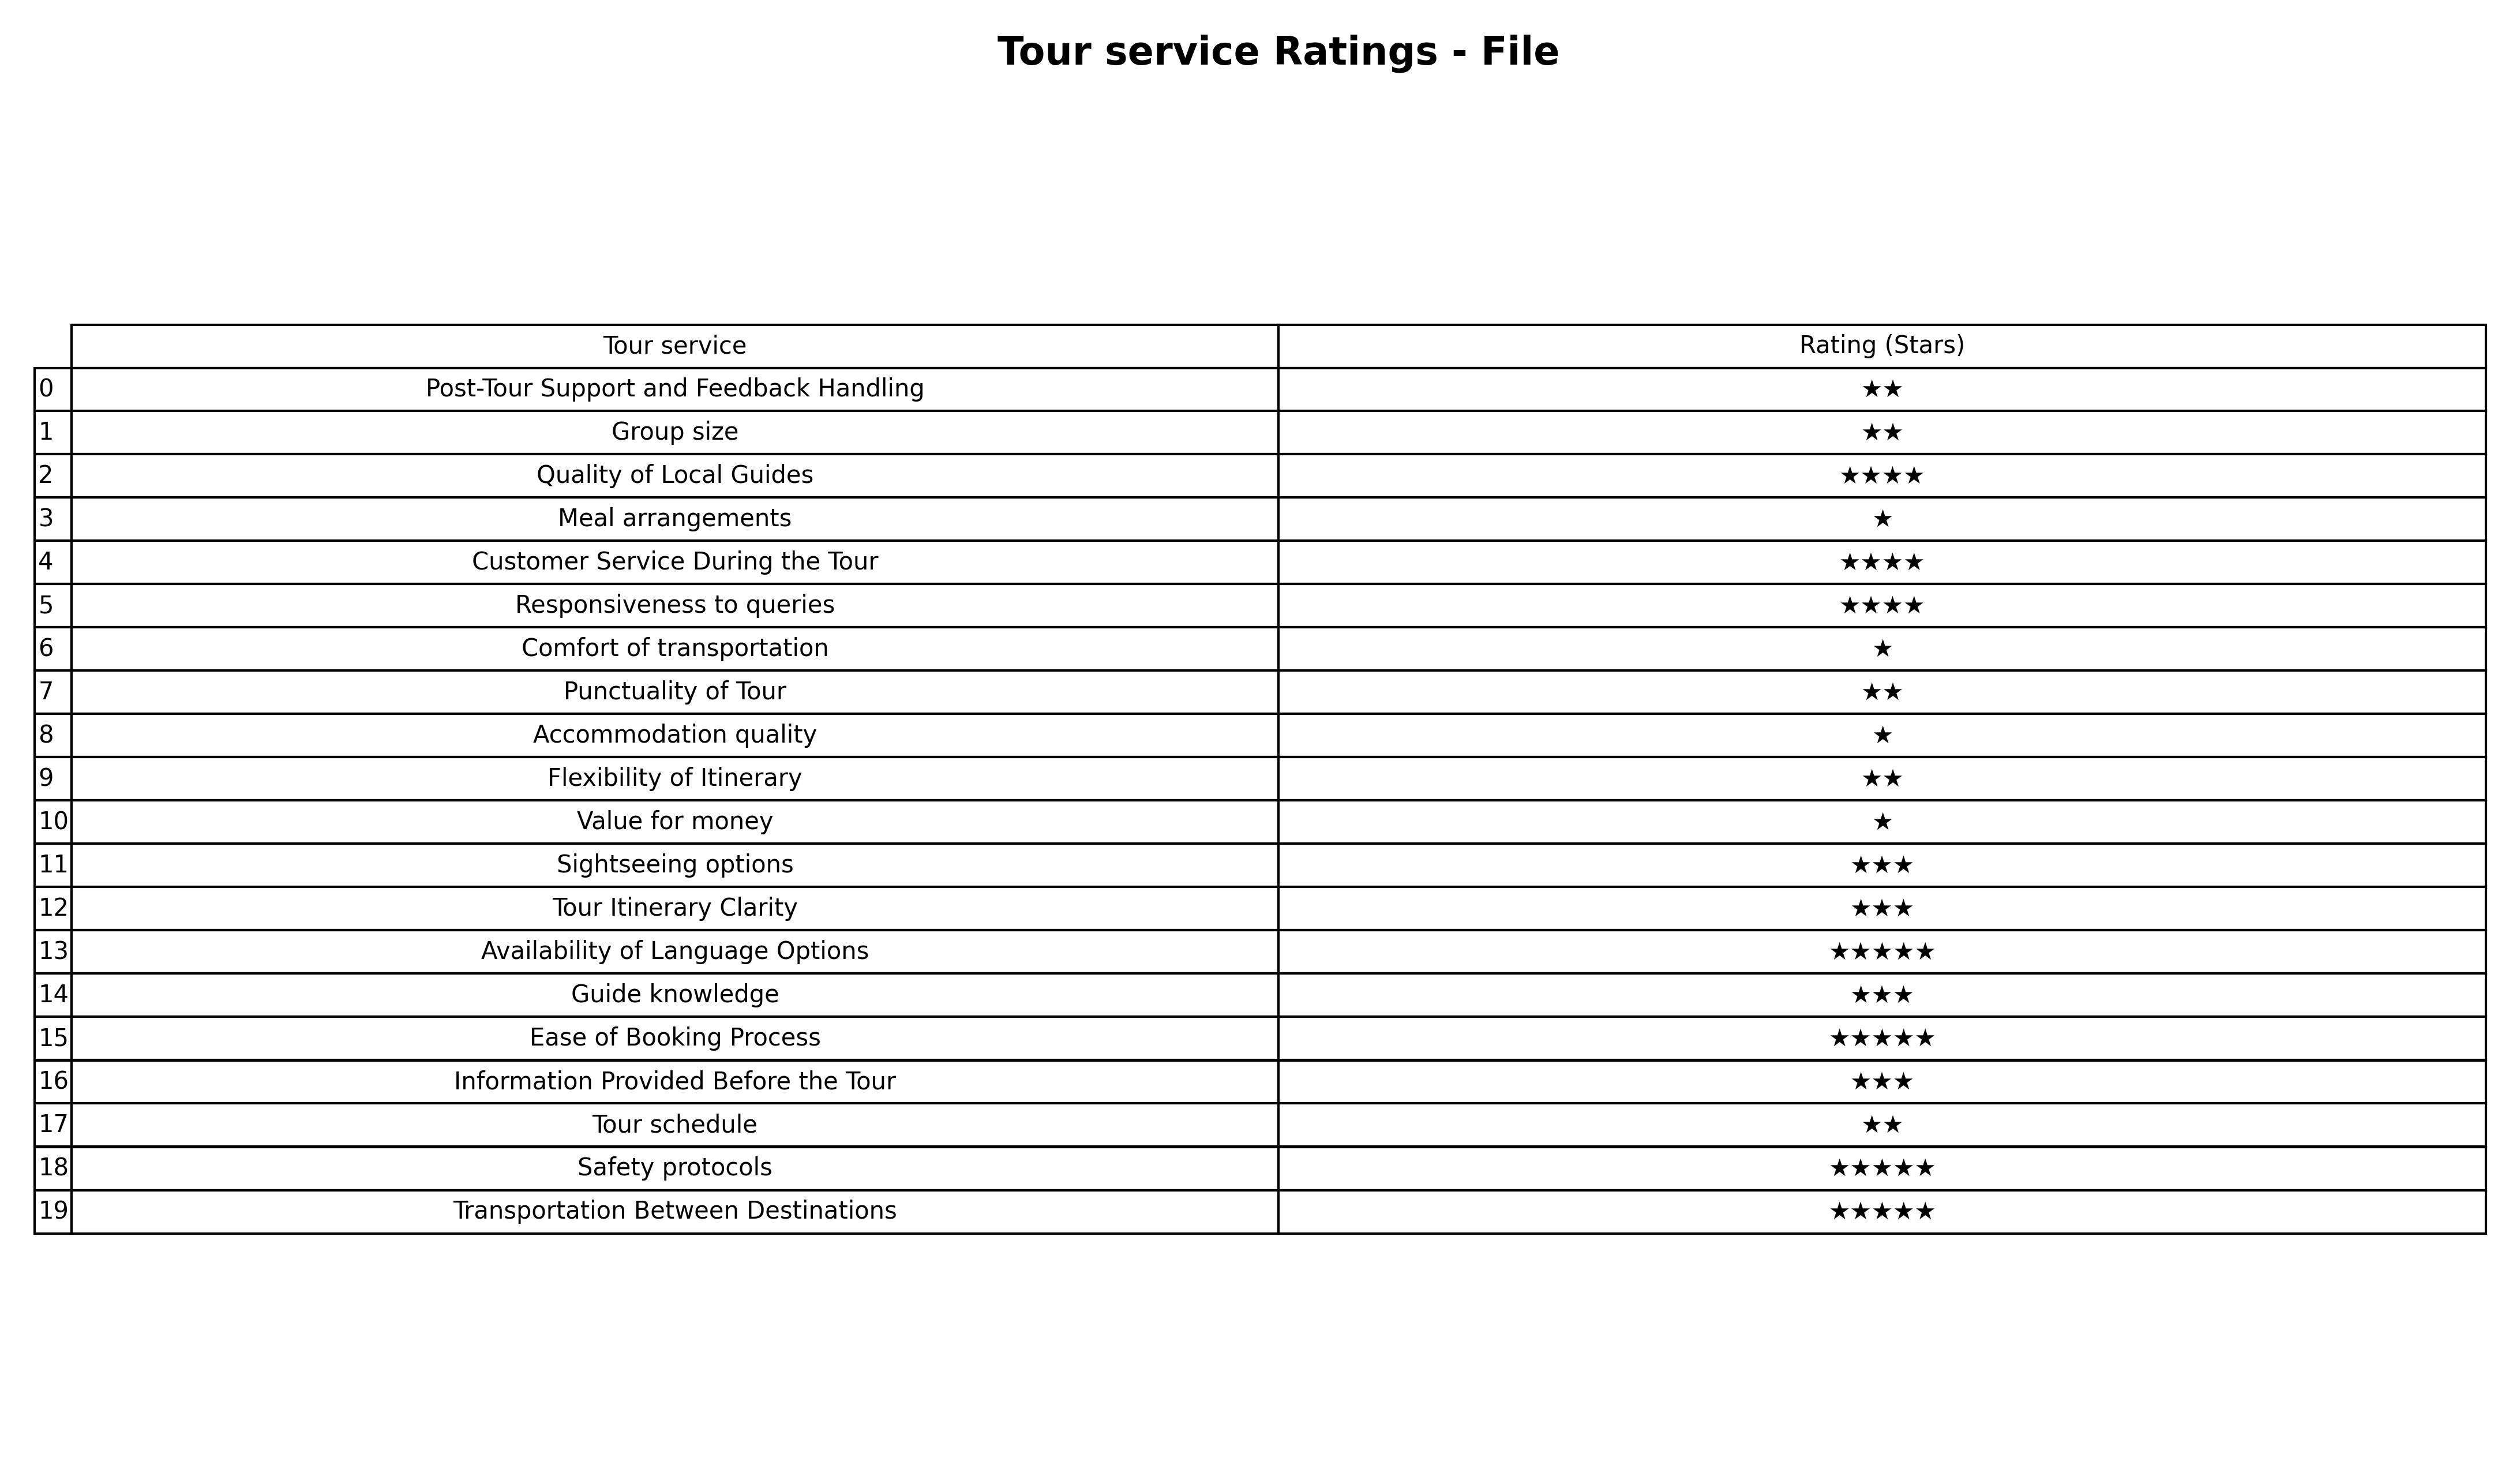
question: What is the rating of Guide knowledge?
answer: ★★★